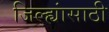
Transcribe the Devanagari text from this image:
जिल्ह्यांसाठी